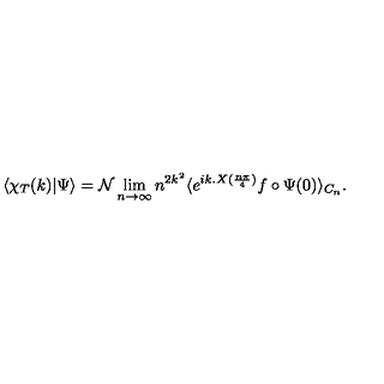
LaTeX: \langle \chi _ { T } ( k ) | \Psi \rangle = \mathcal { N } \lim _ { n \to \infty } n ^ { 2 k ^ { 2 } } \langle e ^ { i k . X ( \frac { n \pi } { 4 } ) } f \circ \Psi ( 0 ) \rangle _ { C _ { n } } .